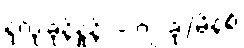
နှလုံးခုန်နှုန်း - ၇၂ ခု/မိနစ်